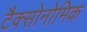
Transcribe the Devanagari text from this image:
टैक्सोनोमिक